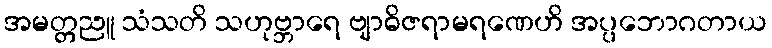
အမတ္တညူ သံသတိ သဟုဗ္ဘာရေ ဗျာဓိဇရာမရဏေဟိ အပ္ပဘောဂတာယ